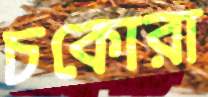
চকোরা